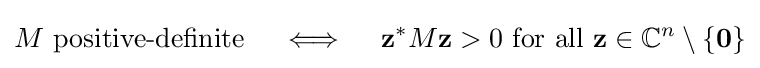
M{\text{ positive-definite}}\quad \iff \quad \mathbf {z} ^{*}M\mathbf {z} >0{\text{ for all }}\mathbf {z} \in \mathbb {C} ^{n}\setminus \{\mathbf {0} \}